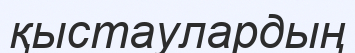
қыстаулардың